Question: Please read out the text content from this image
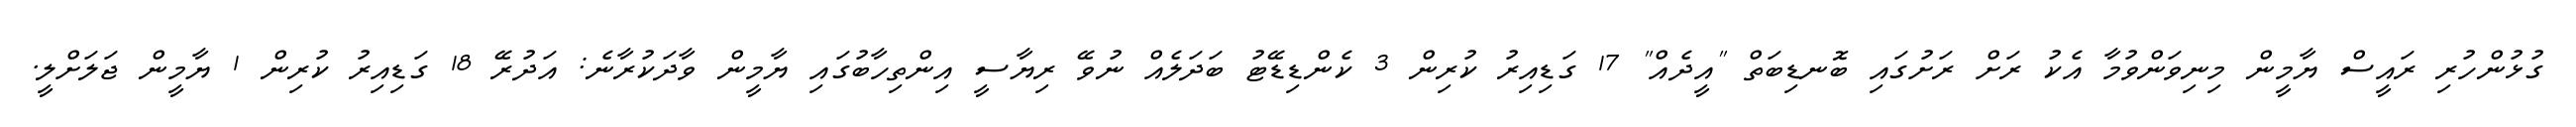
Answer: ގުޅުންހުރި ރައީސް ޔާމީން މިނިވަންވުމާ އެކު ރަށް ރަށުގައި ބޮނޑިބަތް "އީދެއް" 17 ގަޑިއިރު ކުރިން 3 ކެންޑިޑޭޓު ބަދަލެއް ނުވޭ ރިޔާސީ އިންތިހާބުގައި ޔާމީން ވާދަކުރާނެ: އަދުރޭ 18 ގަޑިއިރު ކުރިން 1 ޔާމީން ޖަލަށްލީ.